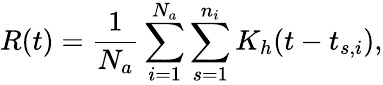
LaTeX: R(t)=\frac{1}{N_{a}}\sum_{i=1}^{N_{a}}\sum_{s=1}^{n_{i}}K_{h}(t-t_{s,i}),